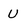
Character: U